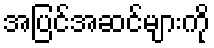
အပြင်အဆင်များကို